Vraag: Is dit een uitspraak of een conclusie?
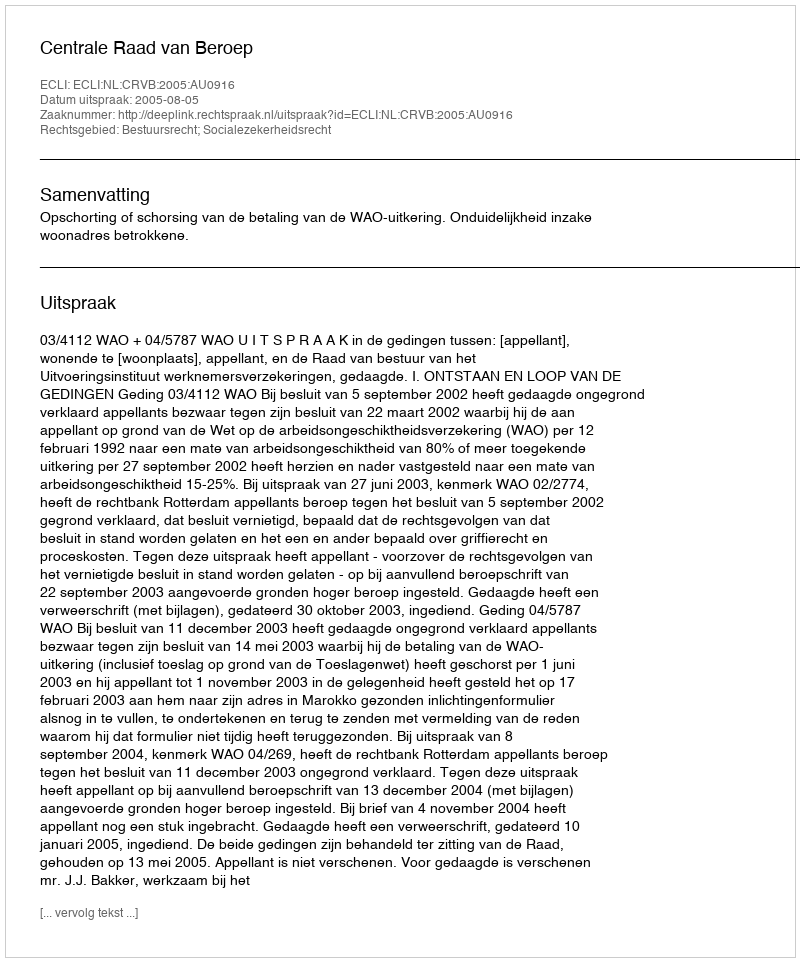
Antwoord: Uitspraak